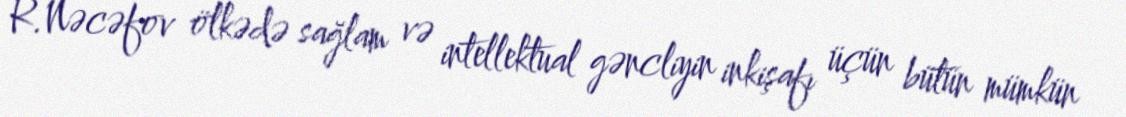
R.Nəcəfov ölkədə sağlam və intellektual gəncliyin inkişafı üçün bütün mümkün